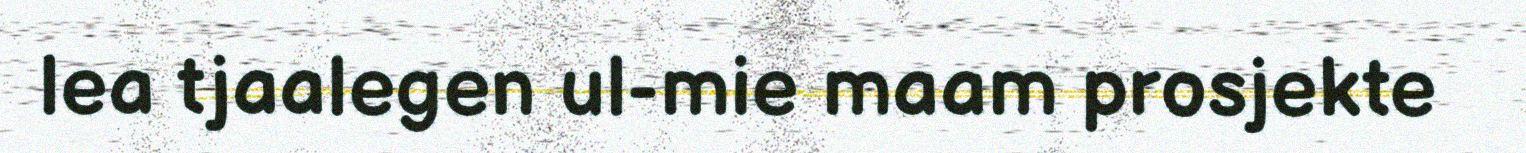
lea tjaalegen ul-mie maam prosjekte